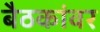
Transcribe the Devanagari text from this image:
बैठकांवर